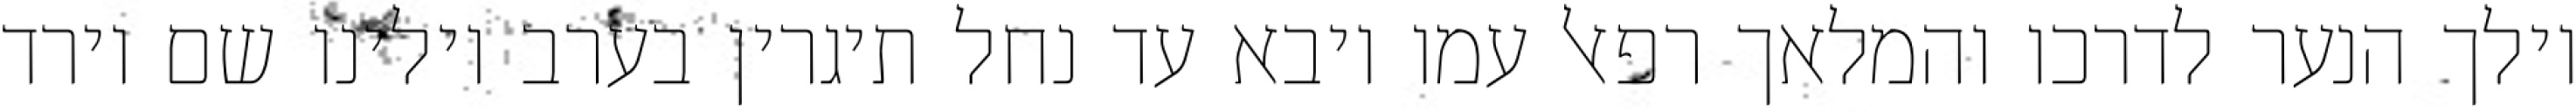
וילך הנער לדרכו והמלאך רפאל עמו ויבא עד נחל תיגרין בערב וילינו שם וירד